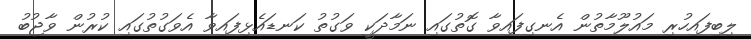
ލިބިފައިހުރި މައުލޫމާތުން އެނގިފައިވާ ގޮތުގައި ނަމާދަކީ ވަގުތު ކަނޑައެޅިފައިވާ އެވަގުތުގައި ކުރުން ވާޖުބު